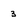
Character: 3